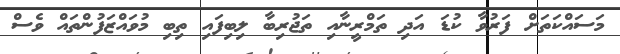
މަސައްކަތަށް ފަރުވާ ކުޑަ އަދި ތަމްރީނާއި ތަޖުރިބާ ލިބިފައި ތިބި މުވައްޒަފުންތައް ވެސް